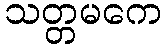
သတ္တမကေ